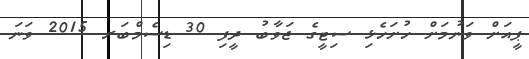
ޕީއަށް ވަނުމަށް ހުށަހެޅި ސިޓީގެ ޖަވާބު ދީފި 30 ޑިސެމްބަރ 2015 ވަނަ